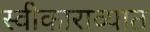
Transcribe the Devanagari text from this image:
स्वीकाराव्यात